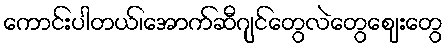
ကောင်းပါတယ်၊အောက်ဆီဂျင်တွေလဲတွေဈေးတွေ